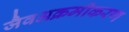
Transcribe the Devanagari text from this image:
जैवअक्रमीकरण